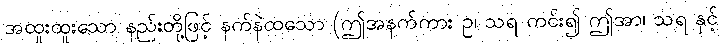
အထူးထူးသော နည်းတို့ဖြင့် နက်နဲထသော (ဤအနက်ကား ဥ၊ သရ ကင်း၍ ဤအာ၊ သရ နှင့်